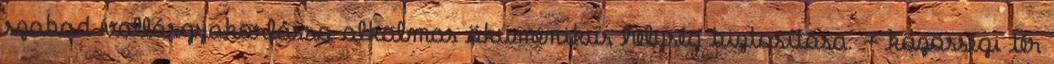
szabad vallásgyakorlásra alkalmas ökumenikus helység biztosítása. - közösségi tér